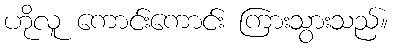
ဟိုလူ ကောင်းကောင်း ကြားသွားသည်။